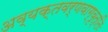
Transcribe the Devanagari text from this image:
अव्यक्तवर्णवाग्वृत्तिः